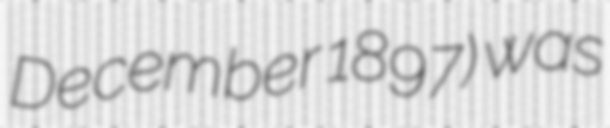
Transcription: December 1897) was